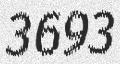
3693